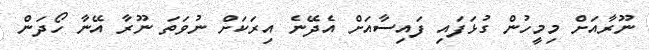
ނޫރާއަށް މިމީހުން ގުޅަފައި ފައިސާއަށް އެދޭނެ އިރަކަށް ނުވަތަ ނޫރާ އޭނާ ހޯދަން